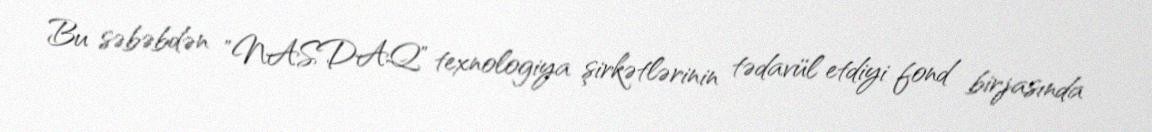
Bu səbəbdən "NASDAQ" texnologiya şirkətlərinin tədavül etdiyi fond birjasında